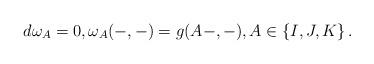
LaTeX: \begin{align*} d\omega_A = 0, \omega_A(-,-) = g(A-,-), A\in\left\{I,J,K\right\}. \end{align*}